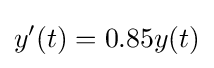
y'(t)=0.85y(t)